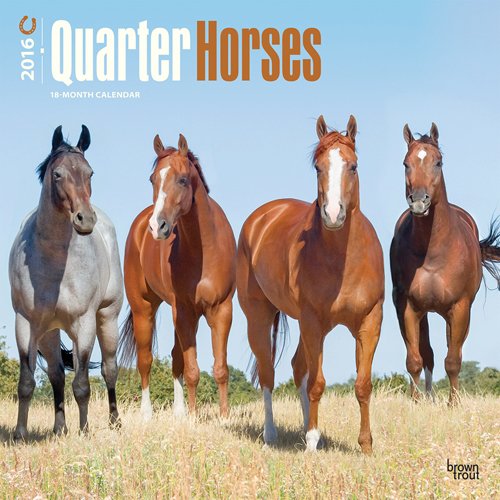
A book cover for Quarter Horses 2016 Square 12x12; Browntrout Publishers; Calendars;